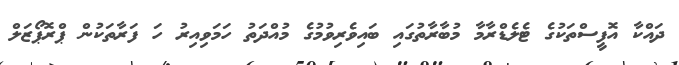
ދައްކާ އޮފީސްތަކުގެ ޓެލެޑްރާމާ މުބާރާތުގައި ބައިވެރިވުމުގެ މުއްދަތު ހަމަވިއިރު ހަ ފަރާތަކުން ޕްރޮޕޯޒަލް